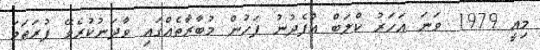
މިއީ 1979 ވަނަ އަހަރު ކްލަބް އުފެދުނު ފަހުން މުބާރާތެއްގައި ވާދަނުކުރެވޭ ފުރަތަމަ